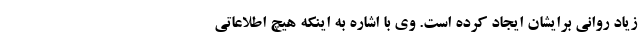
زیاد روانی برایشان ایجاد کرده است. وی با اشاره به اینکه هیچ اطلاعاتی